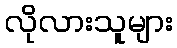
လိုလားသူများ